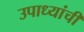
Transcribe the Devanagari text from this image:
उपाध्यांची